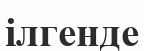
ілгенде